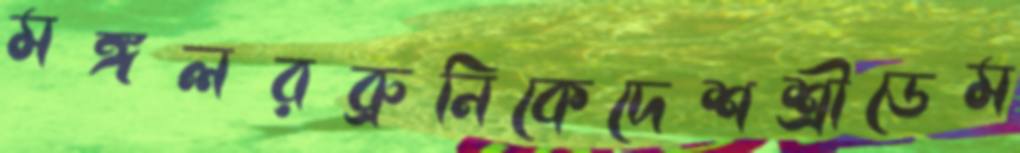
মঙ্গলরব্রুনিকেদেশশ্রীডেম